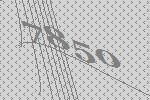
7850